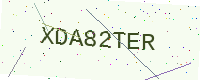
Text: XDA82TER